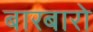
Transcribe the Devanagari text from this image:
बारबारो